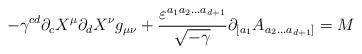
LaTeX: \begin{align*}-\gamma^{cd} \partial_{c} X^{\mu}\partial_{d} X^{\nu} g_{\mu \nu} + \frac {\varepsilon^{a_{1}a_{2}...a_{d+1}}}{\sqrt{-\gamma}}\partial_{[a_{1}}A_{a_{2}...a_{d+1}]} = M\end{align*}